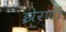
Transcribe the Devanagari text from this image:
झेरणा